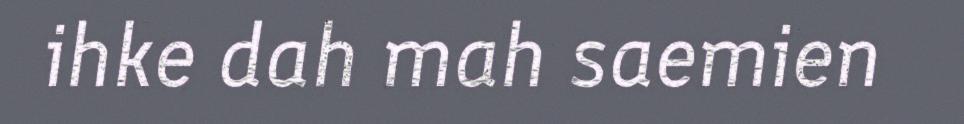
ihke dah mah saemien